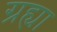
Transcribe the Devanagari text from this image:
ग्रह्या